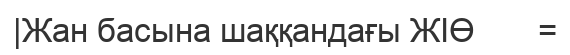
|Жан басына шаққандағы ЖІӨ       =